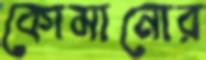
কোমানোর